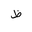
Letter: _za